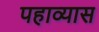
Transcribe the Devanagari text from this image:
पहाव्यास